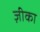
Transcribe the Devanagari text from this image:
ज़ीका